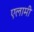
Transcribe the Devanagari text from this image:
एलामी